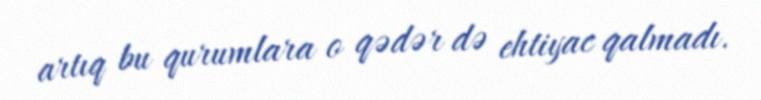
artıq bu qurumlara o qədər də ehtiyac qalmadı.